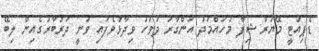
ޑެޕިއުޓީ މޭޔަރު ޝިފާ މުހައްމަދު އަންގާރަ ދުވަހު ވިދާޅުވެފައި ވަނީ ދަރުބާރުގެއިން ލިބޭ